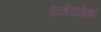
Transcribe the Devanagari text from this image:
रिवेटहेड